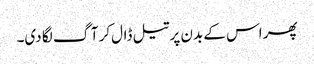
پھر اس کے بدن پر تیل ڈال‌کر آگ لگا دی۔